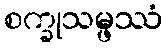
စက္ခုသမ္ဖဿံ